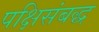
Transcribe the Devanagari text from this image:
पक्षिसंबद्ध